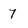
Character: 7